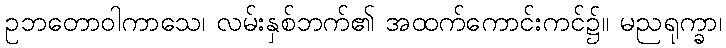
ဥဘတောဝါကာသေ၊ လမ်းနှစ်ဘက်၏ အထက်ကောင်းကင်၌။ မညရုက္ခာ၊